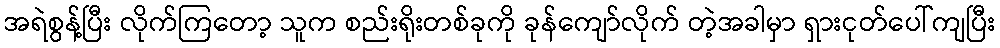
အရဲစွန့်ပြီး လိုက်ကြတော့ သူက စည်းရိုးတစ်ခုကို ခုန်ကျော်လိုက် တဲ့အခါမှာ ရှားငုတ်ပေါ်ကျပြီး